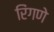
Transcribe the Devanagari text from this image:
रिंगणे